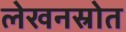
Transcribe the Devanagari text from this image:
लेखनस्रोत